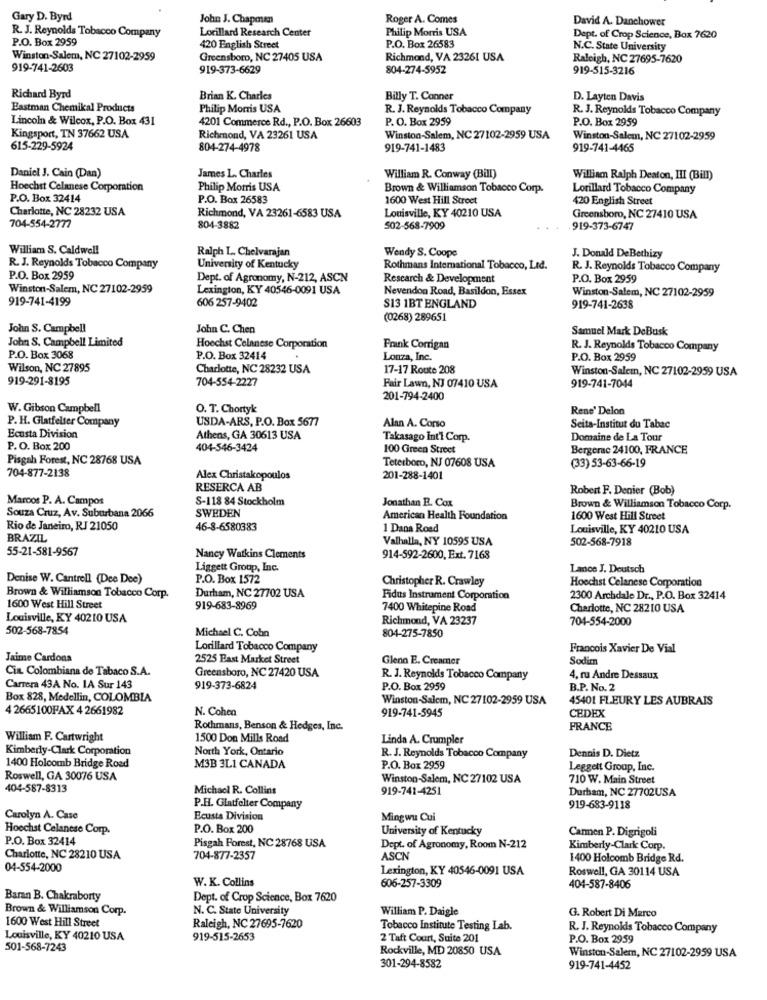
Gary D. Byrd
John J. Chapman
Roger A. Comes
David A. Danchower
Lorillard Research Center
Philip Morris USA
R. J. Reynolds Tobacco Company
P.O. Box 2959
Dept. of Crop Science, Box 7620
420 English Street
P.O. Box 26583
N.C. State University
Winston-Salem, NC 27102-2959
Greensboro, NC 27405 USA
Richmond, VA 23261 USA
Raleigh, NC 27695-7620
919-741-2603
919-373-6629
804-274-5952
919-515-3216
Richard Byrd
Brian K. Charles
Billy T. Conner
D. Layten Davis
Eastman Chemikal Products
Philip Morris USA
R. J. Reynolds Tobacco Company
R. J. Reynolds Tobacco Company
Lincoln & Wilcox, P.O. Box 431
4201 Commerce Rd ., P.O. Box 26603
P. O. Box 2959
P.O. Box 2959
Kingsport, TN 37662 USA
Richmond, VA 23261 USA
Winston-Salem, NC 27102-2959 USA
Winston-Salem, NC 27102-2959
615-229-5924
804-274-4978
919-741-1483
919-741-4465
Daniel J. Cain (Dan)
James L. Charles
William R. Conway (Bill)
William Ralph Deaton, III (Bill)
Hoechst Celanese Corporation
Philip Morris USA
Brown & Williamson Tobacco Corp.
Lorillard Tobacco Company
P.O. Box 32414
P.O. Box 26583
1600 West Hill Street
420 English Street
Charlotte, NC 28232 USA
Louisville, KY 40210 USA
Richmond, VA 23261-6583 USA
Greensboro, NC 27410 USA
704-554-2777
804-3882
502-568-7909
919-373-6747
William S. Caldwell
Ralph L. Chelvarajan
Wendy S. Coope
J. Donald DeBethizy
R. J. Reynolds Tobacco Company
University of Kentucky
Rothmans International Tobacco, Led.
R. J. Reynolds Tobacco Company
P.O. Box 2959
Dept. of Agronomy, N-212, ASCN
Research & Development
P.O. Box 2959
Winston-Salem, NC 27102-2959
Lexington, KY 40546-0091 USA
Nevendon Road, Basildon, Essex
Winston-Salem, NC 27102-2959
919-741-4199
606 257-9402
$13 1BT ENGLAND
919-741-2638
(0268) 289651
John S. Campbell
John C. Chen
Samuel Mark DeBusk
John S. Campbell Limited
Hoechst Celanese Corporation
Frank Corrigan
R. J. Reynolds Tobacco Company
P.O. Box 3068
P.O. Box 32414
Lonza, Inc.
P.O. Box 2959
Wilson, NC 27895
Charlotte, NC 28232 USA
17-17 Route 208
Winston-Salem, NC 27102-2959 USA
919-291-8195
704-554-2227
Fair Lawn, NJ 07410 USA
919-741-7044
201-794-2400
W. Gibson Campbell
O. T. Chortyk
Rene' Delon
USDA-ARS, P.O. Box 5677
P. H. Glatfelter Company
Alan A. Corso
Seita-Institut du Tabac
Ecusta Division
Athens, GA 30613 USA
Takasago Int'1 Corp.
Domaine de La Tour
P. O. Box 200
404-546-3424
100 Green Street
Bergerac 24100, FRANCE
Pisgah Forest, NC 28768 USA
Teterboro, NJ 07608 USA
(33) 53-63-66-19
704-877-2138
Alex Christakopoulos
201-288-1401
RESERCA AB
Robert F. Denier (Bob)
Marcos P. A. Campos
S-118 84 Stockholm
Jonathan B. Cox
Souza Cruz, Av. Suburbana 2066
SWEDEN
Brown & Williamson Tobacco Corp.
American Health Foundation
1600 West Hill Street
Rio de Janeiro, RJ 21050
46-8-6580383
1 Dana Road
Louisville, KY 40210 USA
BRAZIL
Valhalla, NY 10595 USA
502-568-7918
55-21-581-9567
Nancy Watkins Clements
914-592-2600, Ext. 7168
Liggett Group, Inc.
Lance J. Deutsch
Denise W. Cantrell (Dee Dee)
P.O. Box 1572
Christopher R. Crawley
Hoechst Celanese Corporation
Brown & Williamson Tobacco Corp.
Durham, NC 27702 USA
Fidus Instrument Corporation
2300 Archdale Dr ., P.O. Box 32414
1600 West Hill Street
919-683-8969
7400 Whitepine Road
Charlotte, NC 28210 USA
Louisville, KY 40210 USA
Richmond, VA 23237
704-554-2000
502-568-7854
Michael C. Cobn
804-275-7850
Lorillard Tobacco Company
Francois Xavier De Vial
Jaime Cardona
2525 East Market Street
Glenn E. Creamer
Sodim
Cia Colombiana de Tabaco S.A.
Greensboro, NC 27420 USA
R. J. Reynolds Tobacco Company
4, ru Andre Dessaux
Carrera 43A No. 1A Sur 143
919-373-6824
P.O. Box 2959
B.P. No. 2
Box 828, Medellin, COLOMBIA
Winston-Salem, NC 27102-2959 USA
45401 FLEURY LES AUBRAIS
4 2665100FAX 4 2661982
N. Cohen
919-741-5945
CEDEX
Rothmans, Benson & Hedges, Inc.
FRANCE
William F. Cartwright
1500 Don Mills Road
Linda A. Crumpler
Kimberly-Clark Corporation
North York, Ontario
R. J. Reynolds Tobacco Company
Dennis D. Dietz
1400 Holcomb Bridge Road
M3B 3L1 CANADA
P.O. Box 2959
Leggett Group, Inc.
Roswell, GA 30076 USA
Winston-Salem, NC 27102 USA
710 W. Main Street
404-587-8313
Michacl R. Collins
919-741-4251
Durham, NC 27702USA
P.H. Glatfelter Company
919-683-9118
Carolyn A. Case
Ecusta Division
Mingwu Cui
Hoechst Celanese Corp.
P.O. Box 200
University of Kentucky
Carmen P. Digrigoli
P.O. Box 32414
Pisgah Forest, NC 28768 USA
Dept. of Agronomy, Room N-212
Kimberly-Clark Corp.
Charlotte, NC 28210 USA
704-877-2357
ASCN
1400 Holcomb Bridge Rd.
04-554-2000
Lexington, KY 40546-0091 USA
Roswell, GA 30114 USA
W. K. Collins
606-257-3309
404-587-8406
Baran B. Chakraborty
Dept. of Crop Science, Box 7620
Brown & Williamson Corp.
N. C. State University
William P. Daigle
G. Robert Di Marco
1600 West Hill Street
Raleigh, NC 27695-7620
Tobacco Institute Testing Lab.
R. J. Reynolds Tobacco Company
Louisville, KY 40210 USA
919-515-2653
2 Taft Court, Suite 201
P.O. Box 2959
501-568-7243
Rockville, MD 20850 USA
Winston-Salem, NC 27102-2959 USA
301-294-8582
919-741-4452